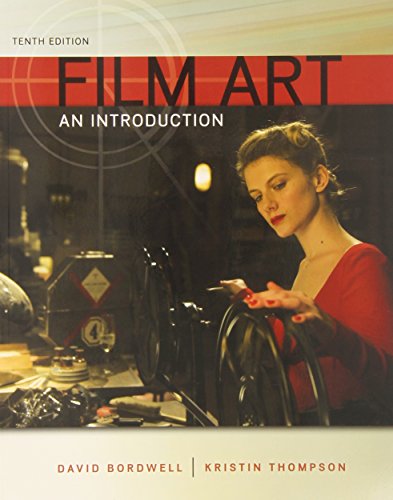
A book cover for Film Art: An Introduction; David Bordwell; Humor & Entertainment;